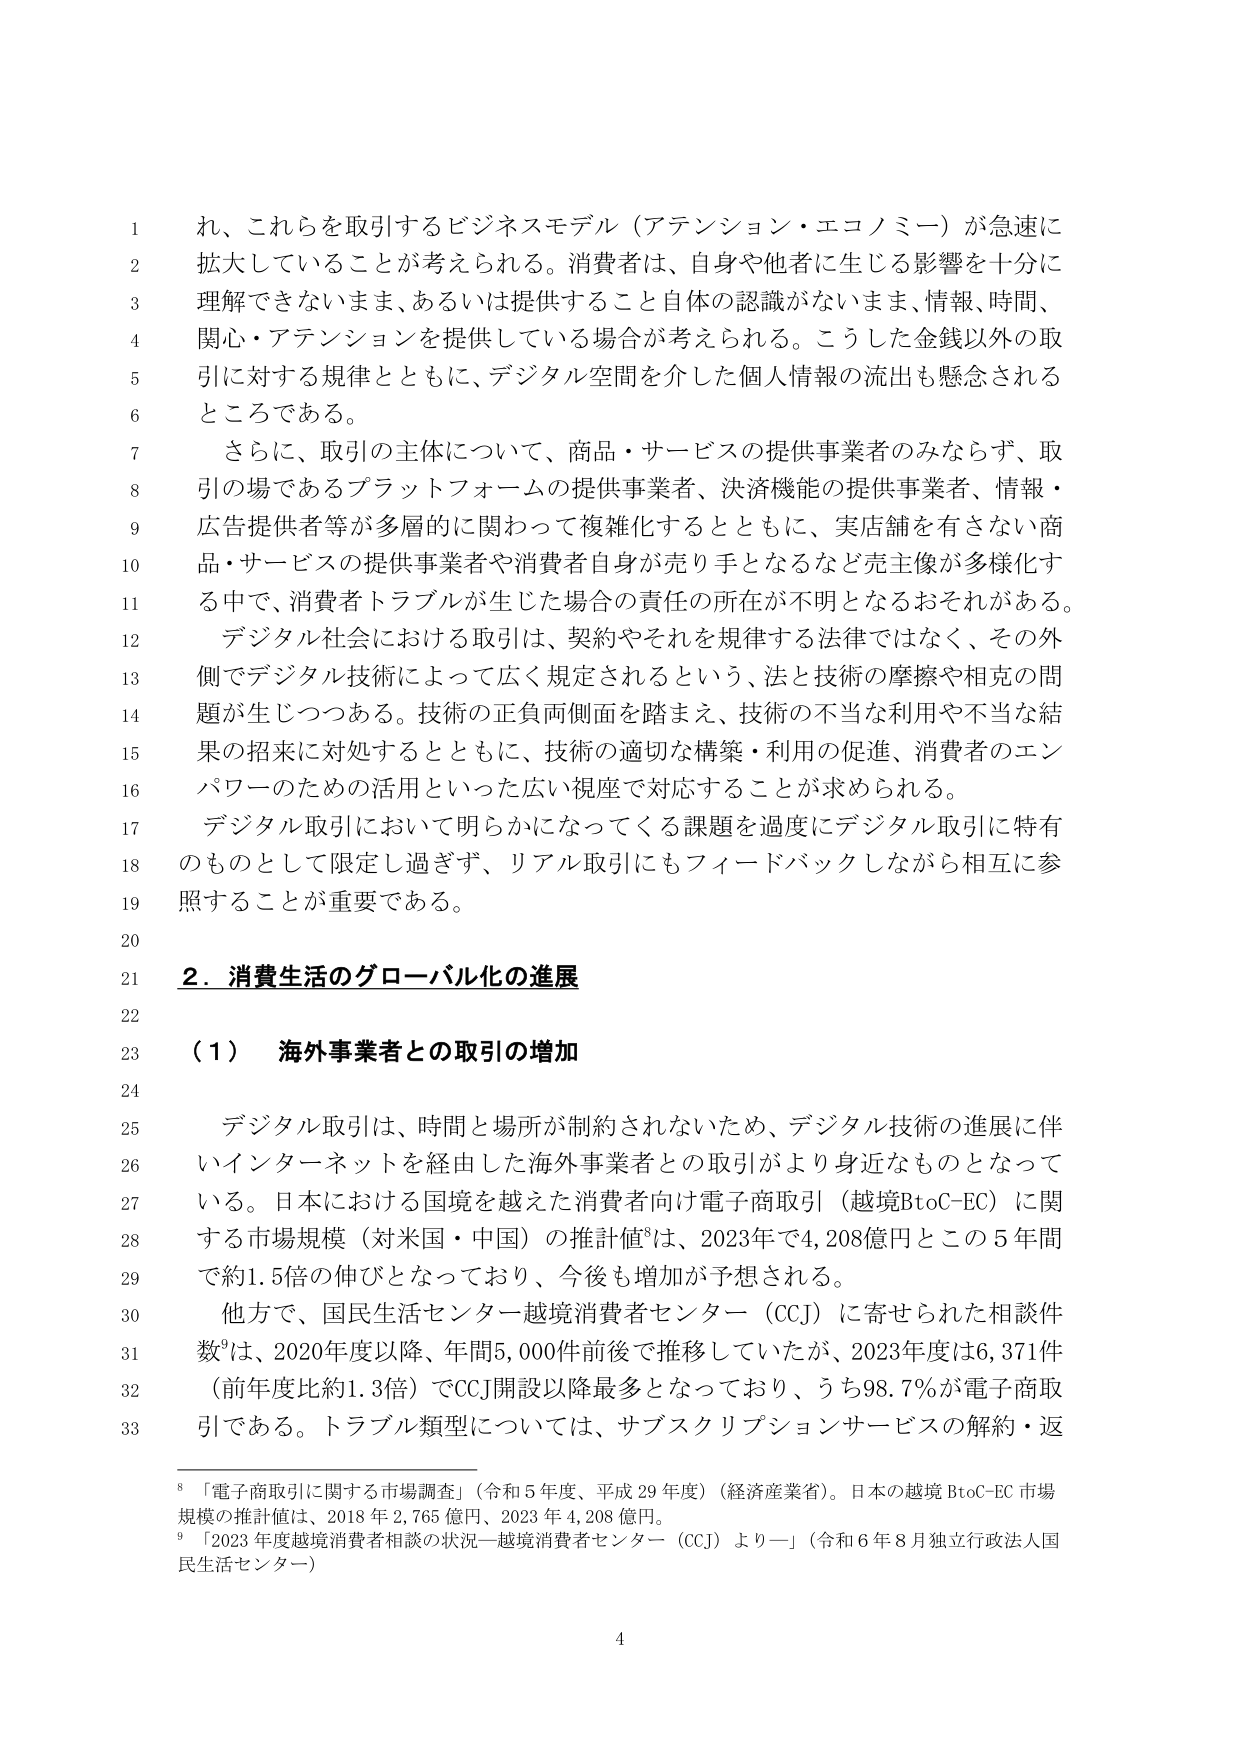
れ、これらを取引するビジネスモデル（アテンション・エコノミー）が急速に
拡大していることが考えられる。消費者は、自身や他者に生じる影響を十分に
理解できないまま、あるいは提供すること自体の認識がないまま、情報、時間、
関心・アテンションを提供している場合が考えられる。こうした金銭以外の取
引に対する規律とともに、デジタル空間を介した個人情報の流出も懸念される
ところである。
さらに、取引の主体について、商品・サービスの提供事業者のみならず、取
引の場であるプラットフォームの提供事業者、決済機能の提供事業者、情報・
広告提供者等が多層的に関わって複雑化するとともに、実店舗を有さない商
品・サービスの提供事業者や消費者自身が売り手となるなど売主像が多様化す
る中で、消費者トラブルが生じた場合の責任の所在が不明となるおそれがある。
デジタル社会における取引は、契約やそれを規律する法律ではなく、その外
側でデジタル技術によって広く規定されるという、法と技術の摩擦や相克の問
題が生じつつある。技術の正負両側面を踏まえ、技術の不当な利用や不当な結
果の招来に対処するとともに、技術の適切な構築・利用の促進、消費者のエン
パワーワーのための活用といった広い視座で対応することが求められる。
デジタル取引において明らかになってくる課題を過度にデジタル取引に特有
のものとして限定し過ぎず、リアル取引にもフィードバックしながら相互に参
照することが重要である。

2．消費生活のグローバル化の進展

（1） 海外事業者との取引の増加

デジタル取引は、時間と場所が制約されないため、デジタル技術の進展に伴
いインターネットを経由した海外事業者との取引がより身近なものとなって
いる。日本における国境を越えた消費者向け電子商取引（越境BtoC-EC）に関
する市場規模（対米国・中国）の推計値⁸は、2023年で4,208億円とこの5年間
で約1.5倍の伸びとなっており、今後も増加が予想される。
他方で、国民生活センター越境消費者センター（CCJ）に寄せられた相談件
数⁹は、2020年度以降、年間5,000件前後で推移していたが、2023年度は6,371件
（前年度比約1.3倍）でCCJ開設以降最多となっており、うち98.7％が電子商取
引である。トラブル類型については、サブスクリプションサービスの解約・返

⁸「電子商取引に関する市場調査」（令和5年度、平成29年度）（経済産業省）。日本の越境BtoC-EC市場
規模の推計値は、2018年2,765億円、2023年4,208億円。
⁹「2023年度越境消費者相談の状況―越境消費者センター（CCJ）より―」（令和6年8月独立行政法人国
民生活センター）

4